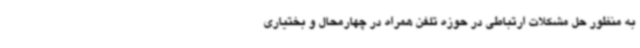
به منظور حل مشکلات ارتباطی در حوزه تلفن همراه در چهارمحال و بختیاری